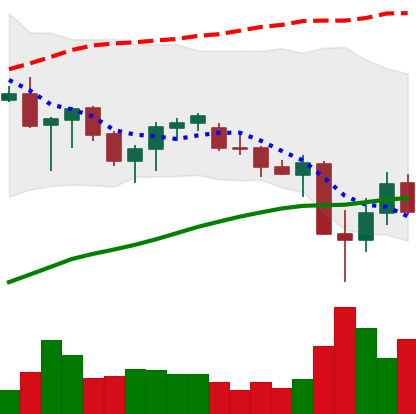
Ticker: ADA-USD
Chart end date: 2021-06-25
Forward return: 10.107%
Label: up_7plus